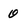
Character: 0